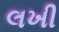
લખી